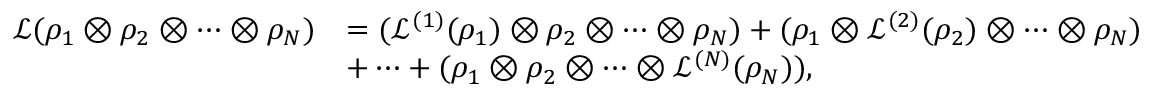
\begin{array} { r l } { \mathcal { L } ( \rho _ { 1 } \otimes \rho _ { 2 } \otimes \cdots \otimes \rho _ { N } ) } & { = ( \mathcal { L } ^ { ( 1 ) } ( \rho _ { 1 } ) \otimes \rho _ { 2 } \otimes \cdots \otimes \rho _ { N } ) + ( \rho _ { 1 } \otimes \mathcal { L } ^ { ( 2 ) } ( \rho _ { 2 } ) \otimes \cdots \otimes \rho _ { N } ) } \\ & { + \cdots + ( \rho _ { 1 } \otimes \rho _ { 2 } \otimes \cdots \otimes \mathcal { L } ^ { ( N ) } ( \rho _ { N } ) ) , } \end{array}